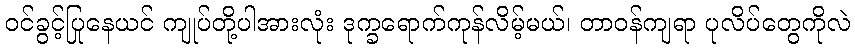
ဝင်ခွင့်ပြုနေယင် ကျုပ်တို့ပါအားလုံး ဒုက္ခရောက်ကုန်လိမ့်မယ်၊ တာဝန်ကျရာ ပုလိပ်တွေကိုလဲ